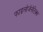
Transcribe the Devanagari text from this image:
फाइलोजेनेटिक्स